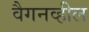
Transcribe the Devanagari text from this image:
वैगनव्हील